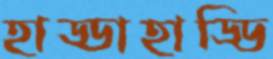
হাড্ডাহাড্ডি